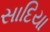
સાદિયા